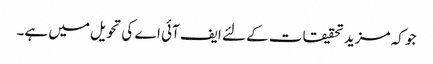
جو کہ مزید تحقیقات کے لئے ایف آئی اے کی تحویل میں ہے۔